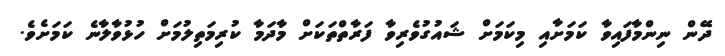
ދޭން ނިންމާފައިވާ ކަމަށާއި މިކަމަށް ޝައުގުވެރިވާ ފަރާތްތަކަށް މާދަމާ ކުރިމަތިލުމަށް ހުޅުވާލާނެ ކަމަށެވެ.